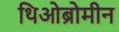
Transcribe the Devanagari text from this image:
थिओब्रोमीन